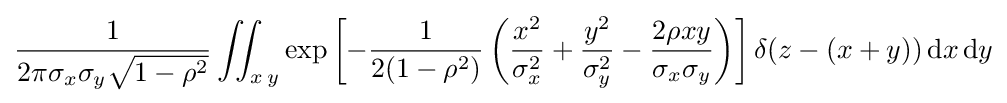
{\frac {1}{2\pi \sigma _{x}\sigma _{y}{\sqrt {1-\rho ^{2}}}}}\iint _{x\,y}\exp \left[-{\frac {1}{2(1-\rho ^{2})}}\left({\frac {x^{2}}{\sigma _{x}^{2}}}+{\frac {y^{2}}{\sigma _{y}^{2}}}-{\frac {2\rho xy}{\sigma _{x}\sigma _{y}}}\right)\right]\delta (z-(x+y))\,\mathrm {d} x\,\mathrm {d} y